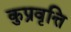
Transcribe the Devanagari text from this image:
कुप्रवृत्ति